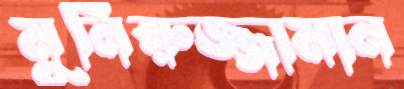
মুনিরুজ্জামান